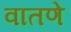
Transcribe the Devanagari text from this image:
वातणे